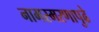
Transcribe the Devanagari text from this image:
नामस्मरणापुढे